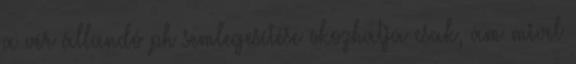
a vér állandó ph semlegesítése okozhatja csak, ám mivel